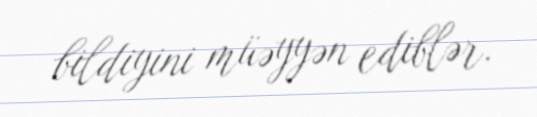
bildiyini müəyyən ediblər.